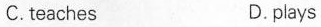
C.teaches D.plays